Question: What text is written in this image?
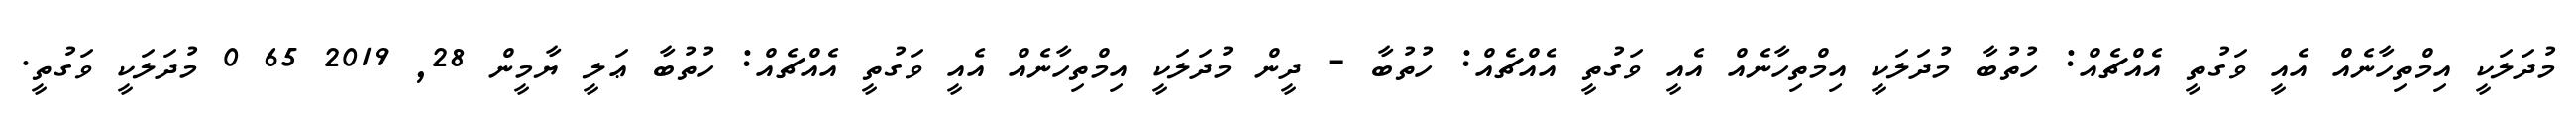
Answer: މުދަލަކީ އިމްތިހާނެއް އެއީ ވަގުތީ އެއްޗެއް: ހުތުބާ މުދަލަކީ އިމްތިހާނެއް އެއީ ވަގުތީ އެއްޗެއް: ހުތުބާ - ދީން މުދަލަކީ އިމްތިހާނެއް އެއީ ވަގުތީ އެއްޗެއް: ހުތުބާ ޢަލީ ޔާމީން 28, 2019 65 0 މުދަލަކީ ވަގުތީ.